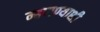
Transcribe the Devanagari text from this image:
म्हणण्याशी